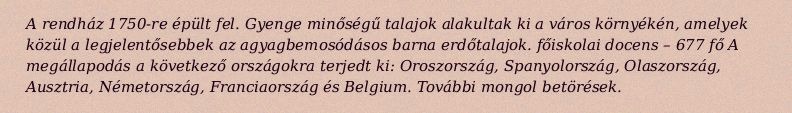
A rendház 1750-re épült fel. Gyenge minőségű talajok alakultak ki a város környékén, amelyek közül a legjelentősebbek az agyagbemosódásos barna erdőtalajok. főiskolai docens – 677 fő A megállapodás a következő országokra terjedt ki: Oroszország, Spanyolország, Olaszország, Ausztria, Németország, Franciaország és Belgium. További mongol betörések.